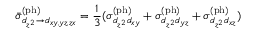
\bar { \sigma } _ { d _ { z ^ { 2 } } \rightarrow d _ { x y , y z , z x } } ^ { \mathrm { ( p h ) } } = \frac { 1 } { 3 } ( \sigma _ { d _ { z ^ { 2 } } d _ { x y } } ^ { \mathrm { ( p h ) } } + \sigma _ { d _ { z ^ { 2 } } d _ { y z } } ^ { \mathrm { ( p h ) } } + \sigma _ { d _ { z ^ { 2 } } d _ { x z } } ^ { \mathrm { ( p h ) } } )